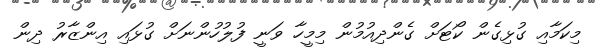
މިކަމާއި ގުޅިގެން ކޯޓަށް ގެންދިއުމުން މިމީހާ ވަނީ ފުލުހުންނަށް ގުޅައި އިންޒާރު ދިން